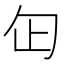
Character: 𠣏